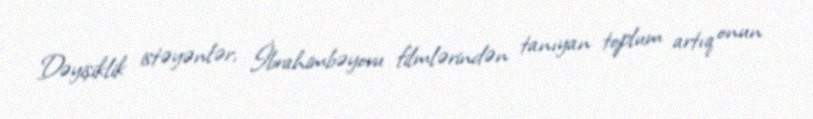
Dəyişiklik istəyənlər, İbrahimbəyovu filmlərindən tanıyan toplum artıq onun